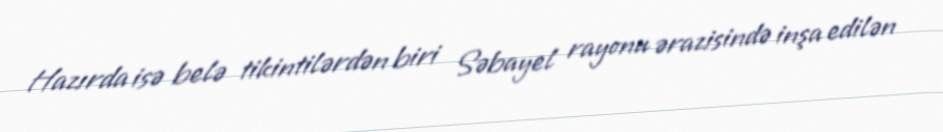
Hazırda isə belə tikintilərdən biri Səbayel rayonu ərazisində inşa edilən